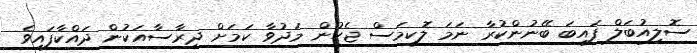
ސޮލިއުބަލް ފައިބަ ބޭނުންކުރާ ނަމަ ލޮކިމަސް ޖެހުން މަދުވާ ކަމަށް ދިރާސާއަކުން ދައްކާފައިވެ